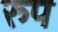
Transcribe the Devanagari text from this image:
रुप